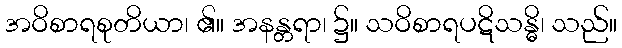
အဝိစာရစုတိယာ၊ ၏။ အနန္တရာ၊ ၌။ သဝိစာရပဋိသန္ဓိ၊ သည်။